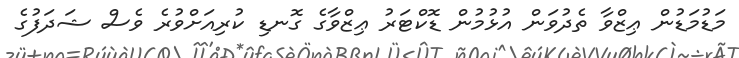
މަޑުމަޑުން ޢިޒްވާ ތެދުވަން އުޅުމުން ޑޮކްޓަރު ޢިޒްވާގެ ގޮނޑި ކުރިއަށްވުރެ ވެސް ޝަދަފުގެ